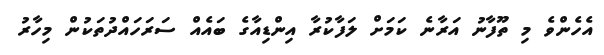
އެހެންވެ މި ތޫފާނު އަރާނެ ކަމަށް ލަފާކުރާ އިންޑިއާގެ ބައެއް ސަރަހައްދުތަކުން މިހާރު